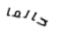
حالما